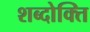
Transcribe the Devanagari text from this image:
शब्दोक्ति